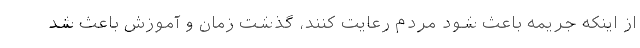
از اینکه جریمه باعث شود مردم رعایت کنند، گذشت زمان و آموزش باعث شد